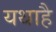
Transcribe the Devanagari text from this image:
यथाहै